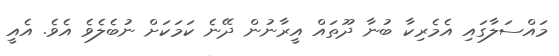
މައްސަލާގައި އެމެރިކާ ބުނާ ދޫތައް އީރާނުން ދޭނެ ކަމަކަށް ނުބެލެވެ އެވެ. އެއީ